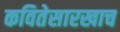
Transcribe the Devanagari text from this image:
कवितेसारखाच